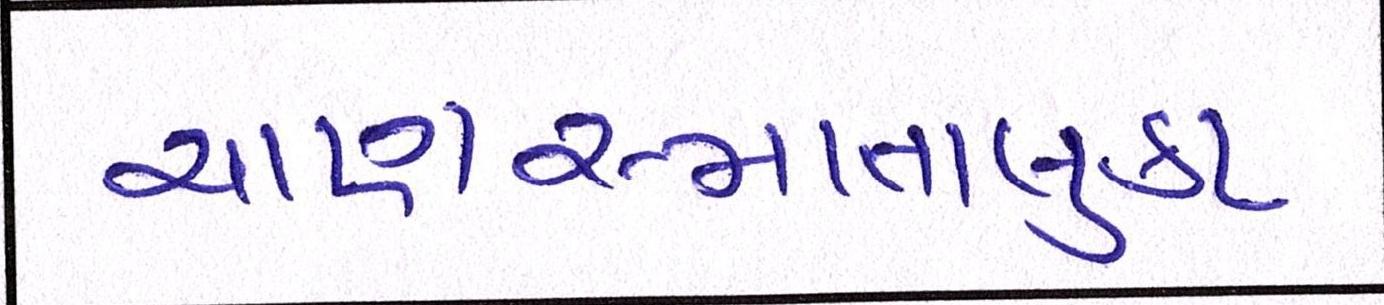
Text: ચાણસ્માતાલુકા